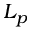
L _ { p }